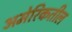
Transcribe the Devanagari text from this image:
अमेरिकतील